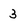
Character: 3